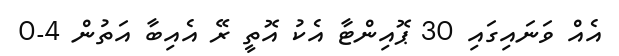
އެއް ވަނައިގައި 30 ޕޮއިންޓާ އެކު އޮތީ ރޭ އެއިބާ އަތުން 4-0